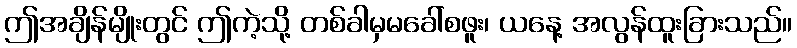
ဤအချိန်မျိုးတွင် ဤကဲ့သို့ တစ်ခါမှမခေါ်စဖူး၊ ယနေ့ အလွန်ထူးခြားသည်။